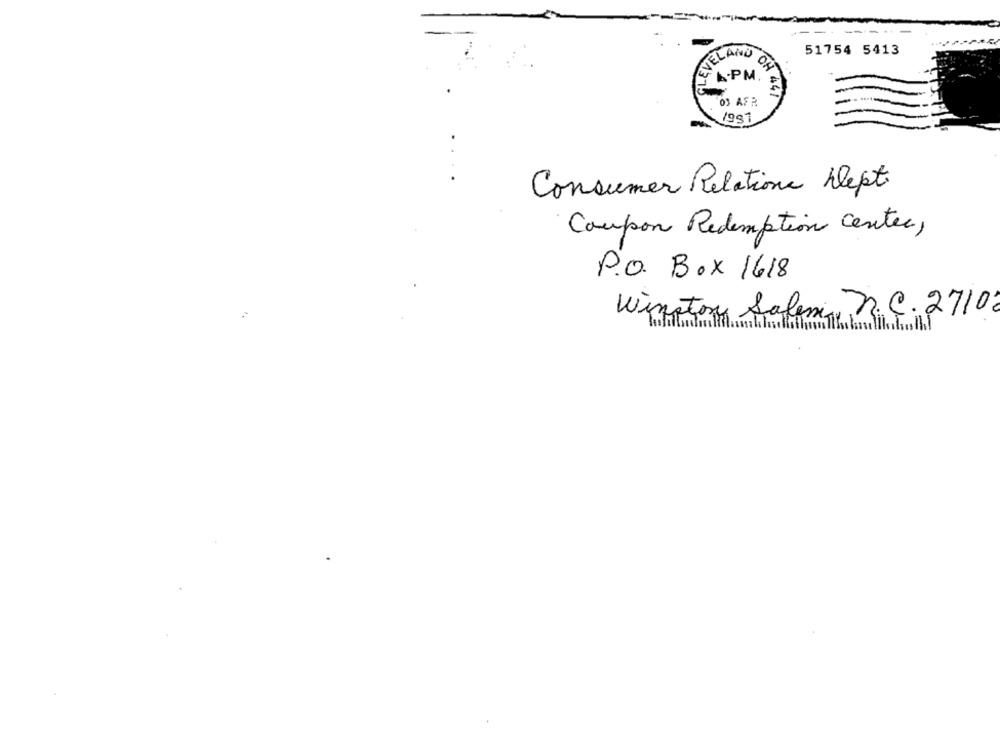
51754 5413
ENELANO
A.PM.
OH 447
03 AFR
1991
Consumer Relations Dept
Coupon Redemption Center,
P.O. Box 1618
Winston Salem R. C . 2710